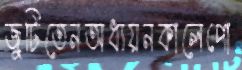
জুটিতেনঅধ্যয়নকালেপো